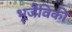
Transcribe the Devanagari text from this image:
भूजैविकी